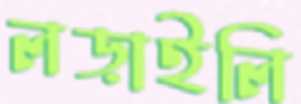
লড়াইলি